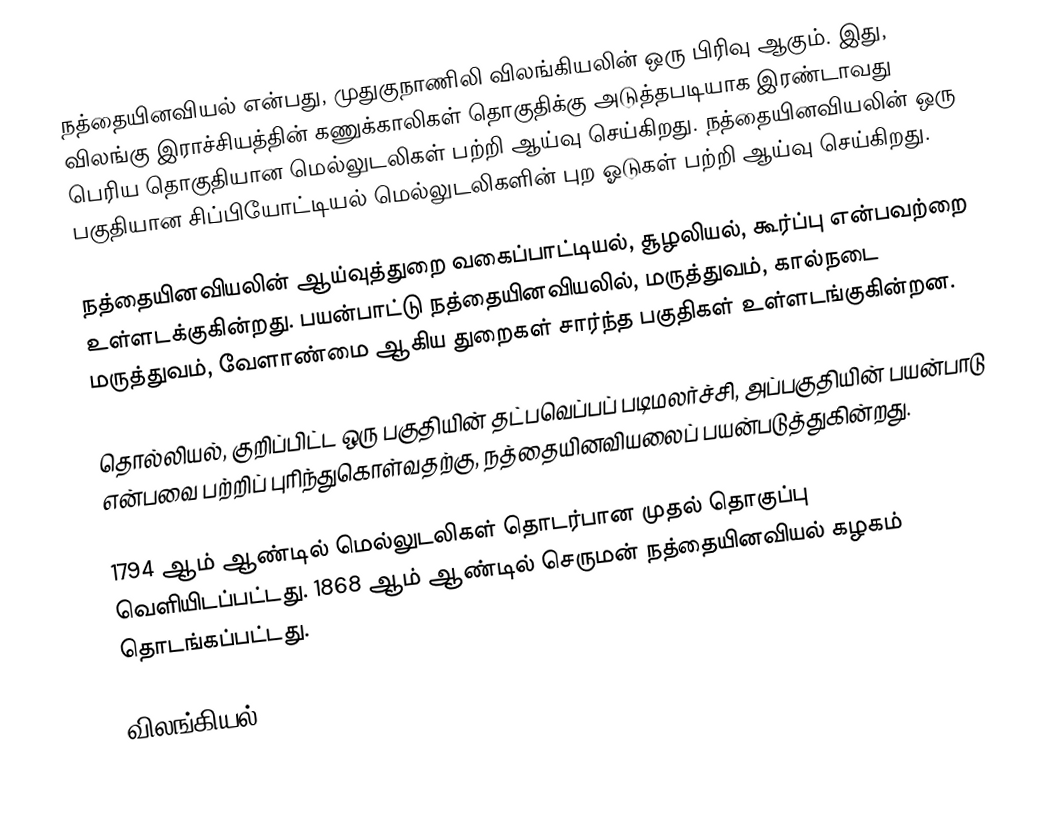
நத்தையினவியல் என்பது, முதுகுநாணிலி விலங்கியலின் ஒரு பிரிவு ஆகும். இது, விலங்கு இராச்சியத்தின் கணுக்காலிகள் தொகுதிக்கு அடுத்தபடியாக இரண்டாவது பெரிய தொகுதியான மெல்லுடலிகள் பற்றி ஆய்வு செய்கிறது. நத்தையினவியலின் ஒரு பகுதியான சிப்பியோட்டியல் மெல்லுடலிகளின் புற ஓடுகள் பற்றி ஆய்வு செய்கிறது.

நத்தையினவியலின் ஆய்வுத்துறை வகைப்பாட்டியல், சூழலியல், கூர்ப்பு என்பவற்றை உள்ளடக்குகின்றது. பயன்பாட்டு நத்தையினவியலில், மருத்துவம், கால்நடை மருத்துவம், வேளாண்மை ஆகிய துறைகள் சார்ந்த பகுதிகள் உள்ளடங்குகின்றன.

தொல்லியல், குறிப்பிட்ட ஒரு பகுதியின் தட்பவெப்பப் படிமலர்ச்சி, அப்பகுதியின் பயன்பாடு என்பவை பற்றிப் புரிந்துகொள்வதற்கு, நத்தையினவியலைப் பயன்படுத்துகின்றது.

1794 ஆம் ஆண்டில் மெல்லுடலிகள் தொடர்பான முதல் தொகுப்பு வெளியிடப்பட்டது. 1868 ஆம் ஆண்டில் செருமன் நத்தையினவியல் கழகம் தொடங்கப்பட்டது.

விலங்கியல்